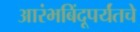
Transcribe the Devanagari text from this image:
आरंभबिंदूपर्यंतचे